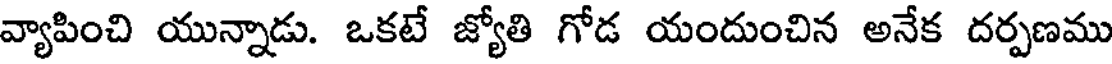
వ్యాపించి యున్నాడు. ఒకటే జ్యోతి గోడ యందుంచిన అనేక దర్పణము